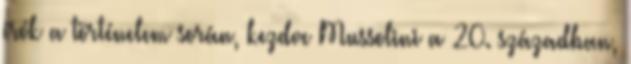
írók a történelem során, kezdve Mussolini a 20. században,